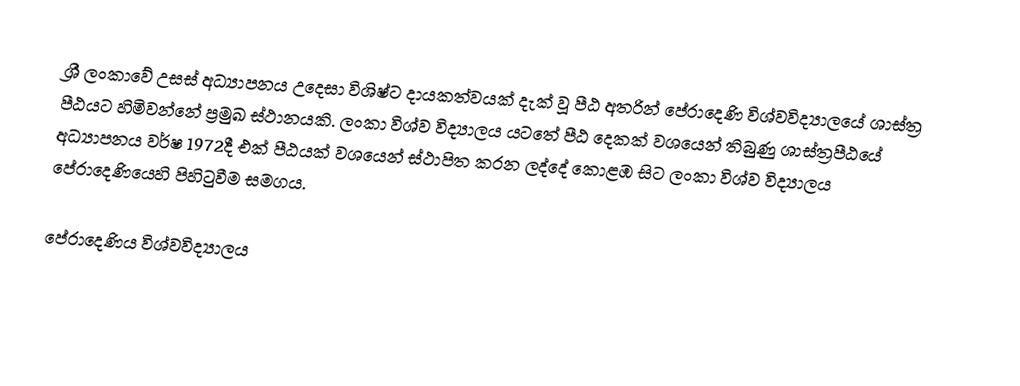
ශ්‍රී ලංකාවේ උසස් අධ්‍යාපනය උදෙසා විශිෂ්ට දායකත්වයක් දැක් වූ පීඨ අතරින් පේරාදෙණි විශ්වවිද්‍යාලයේ ශාස්ත්‍ර පීඨයට හිමිවන්නේ ප්‍රමුඛ ස්ථානයකි. ලංකා විශ්ව විද්‍යාලය යටතේ පීඨ දෙකක් වශයෙන් තිබුණු ශාස්ත්‍රපීඨයේ අධ්‍යාපනය වර්ෂ 1972දී එක් පීඨයක් වශයෙන් ස්ථාපිත කරන ලද්දේ කොළඹ සිට ලංකා විශ්ව විද්‍යාලය පේරාදෙණියෙහි පිහිටුවීම සමගය.

පේරාදෙණිය‍ විශ්වවිද්‍යාලය